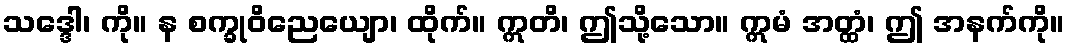
သဒ္ဒေါ၊ ကို။ န စက္ခုဝိညေယျော၊ ထိုက်။ ဣတိ၊ ဤသို့သော။ ဣမံ အတ္ထံ၊ ဤ အနက်ကို။